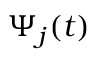
\Psi _ { j } ( t )